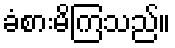
ခံစားမိကြသည်။